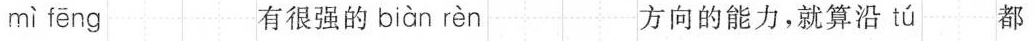
mì fēng 有很强的 biàn rèn 方向的能力，就算沿 tú 都